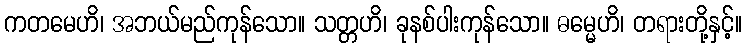
ကတမေဟိ၊ အဘယ်မည်ကုန်သော။ သတ္တဟိ၊ ခုနစ်ပါးကုန်သော။ ဓမ္မေဟိ၊ တရားတို့နှင့်။